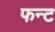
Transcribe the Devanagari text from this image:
फन्ट